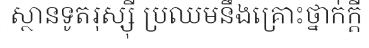
ស្ថានទូតរុស្ស៊ី ប្រឈមនឹងគ្រោះថ្នាក់ក្តី